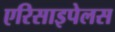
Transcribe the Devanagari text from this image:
एरिसाइपेलस